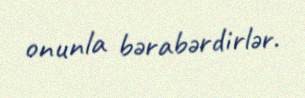
onunla bərabərdirlər.